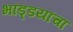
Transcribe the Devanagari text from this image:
भांड्डयांचा